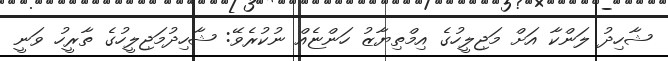
ޝާހިދު ލަންކާ އަށް މަޖިލީހުގެ އިމްތިޔާޒު ހަންޏެއް ނުކުރެވޭ: ޝާހިދުމަޖިލީހުގެ ތާރީހު ވަނީ